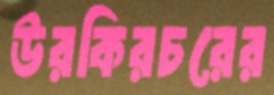
উরকিরচরের